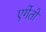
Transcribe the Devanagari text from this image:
एगेंतों